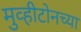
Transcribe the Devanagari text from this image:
मुव्हीटोनच्या